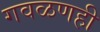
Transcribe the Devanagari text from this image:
गवळणही